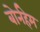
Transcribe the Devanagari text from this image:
बोर्नहेम